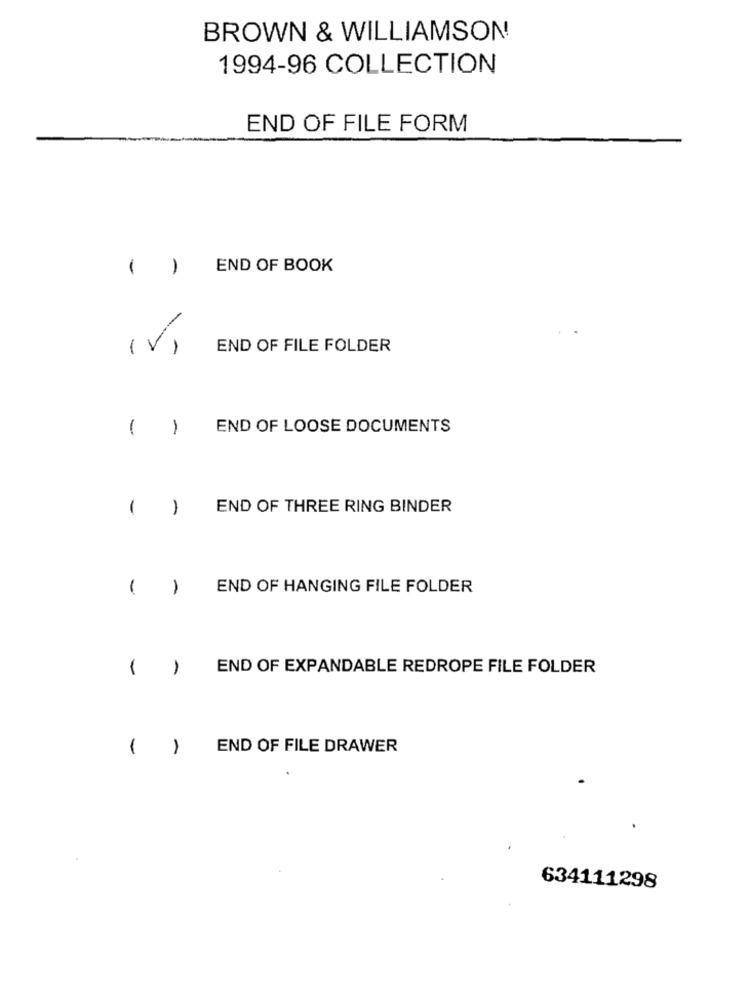
BROWN & WILLIAMSON
1994-96 COLLECTION
END OF FILE FORM
( )
END OF BOOK
-
(V)
END OF FILE FOLDER
-
1
END OF LOOSE DOCUMENTS
-
1
END OF THREE RING BINDER
1
1
END OF HANGING FILE FOLDER
1
END OF EXPANDABLE REDROPE FILE FOLDER
1
END OF FILE DRAWER
634111298